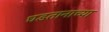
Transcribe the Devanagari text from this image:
घडतानाच्या